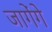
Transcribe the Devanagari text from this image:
जागेंगे